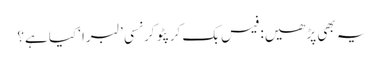
یہ بھی پڑھیں: فیس بک کرپٹو کرنسی ’لبرا‘ کیا ہے؟